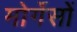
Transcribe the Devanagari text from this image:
मोर्गेसों